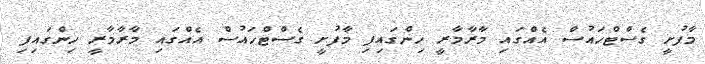
މާފުށީ ގެސްޓްހައުސް އެއްގައި މާރާމާރީ ހިންގައިފި މާފުށީ ގެސްޓްހައުސް އެއްގައި މާރާމާރީ ހިންގައިފި